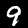
Digit: 9